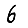
Digit: 6